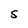
Character: S